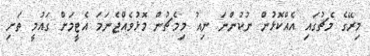
މިރޭގެ މެޗުގައި އެއްކޮޅުން ނުކުންނަ ނިއު މިމެޗުން މޮޅުވެއްޖެނަމަ އެޓީމަށް ގައުމީ ތަށި